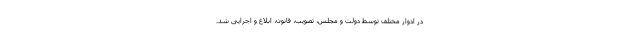
در ادوار مختلف توسط دولت و مجلس، تصویب، قانون، ابلاغ و اجرایی شد.